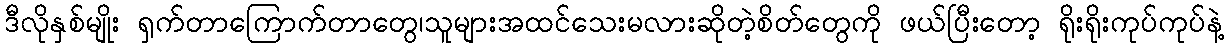
ဒီလိုနှစ်မျိုး ရှက်တာကြောက်တာတွေ၊သူများအထင်သေးမလားဆိုတဲ့စိတ်တွေကို ဖယ်ပြီးတော့ ရိုးရိုးကုပ်ကုပ်နဲ့